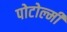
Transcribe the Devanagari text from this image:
पोटोल्मी